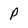
Character: P